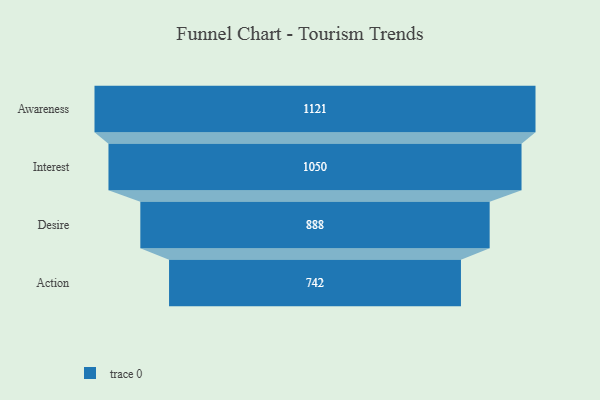
{"axis": {"x": "Stage", "y": "Value"}, "legend": [""], "data": [{"x": "Awareness", "y": 1121.0, "type": ""}, {"x": "Interest", "y": 1050.0, "type": ""}, {"x": "Desire", "y": 888.0, "type": ""}, {"x": "Action", "y": 742.0, "type": ""}]}